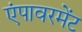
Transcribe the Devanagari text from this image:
एंपावरमेंट